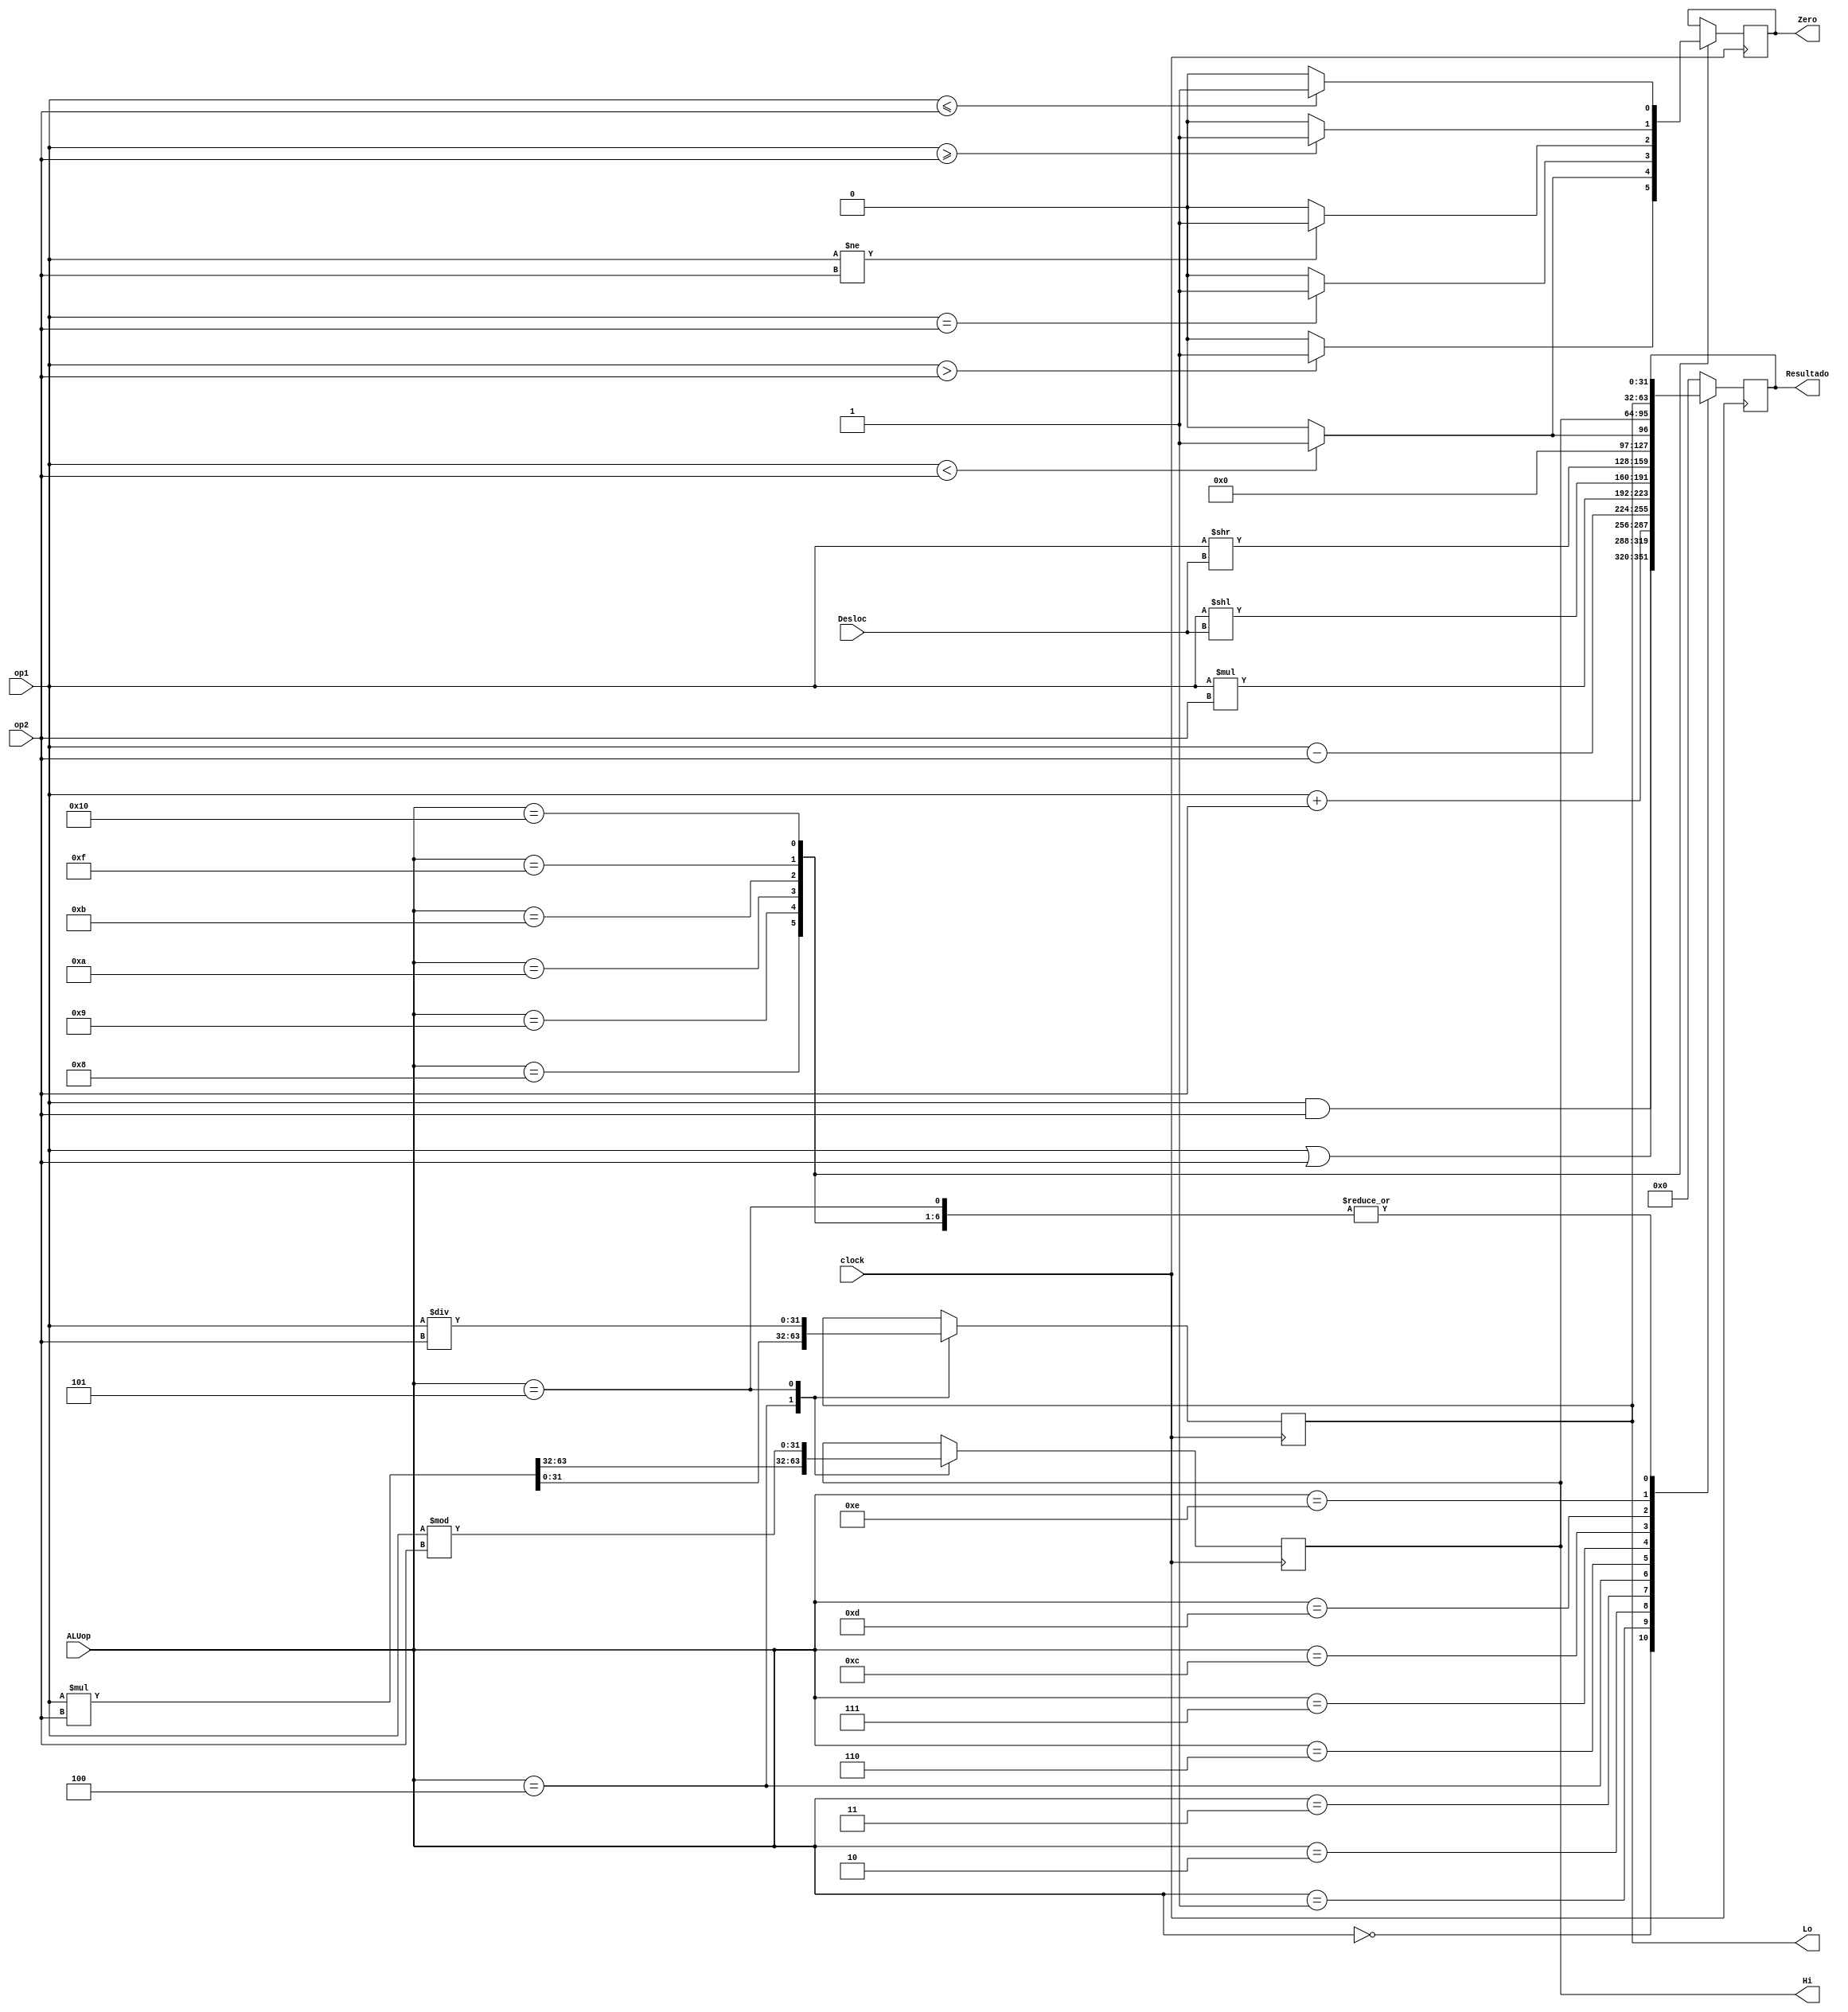
module ULA(ALUop, clock, op1, op2, Resultado, Zero, Hi, Lo, Desloc);
input [4:0] ALUop;
input clock;
input [31:0] op1, op2;
input [4:0] Desloc;
output reg [31:0] Resultado, Hi, Lo;
output reg Zero;

always @ (posedge clock) 
	begin 
		case (ALUop)
			5'b00000: Resultado = op1 & op2; //and
			5'b00001: Resultado = op1 | op2; //or
			5'b00010: Resultado = op1 + op2; //add
			5'b00011: Resultado = op1 - op2; //sub
			5'b00100: //mult
				begin
					{Hi, Lo} = op1 * op2; 
					Resultado = op1 * op2;
				end
			5'b00101:  //div
				begin
					Hi = op1 % op2;
					Lo = op1 / op2;
				end
			5'b00110: Resultado = op1 << Desloc; //sll
			5'b00111: Resultado = op1 >> Desloc; //srl
			5'b01000: //bgt
				begin
					if (op1 > op2)
						begin
							Zero = 1'b1;
						end
					else
						begin
							Zero = 1'b0;
						end	
				end
			5'b01001: //blt
				begin
					if (op1 < op2)
						begin
							Zero = 1'b1;
						end
					else
						begin
							Zero = 1'b0;
						end	
				end
			5'b01010: //beq
				begin
					if (op1 == op2)
						begin
							Zero = 1'b1;
						end
					else
						begin
							Zero = 1'b0;
						end	
				end
			5'b01011: //bne
				begin
					if (op1 != op2)
						begin
							Zero = 1'b1;
						end
					else
						begin
							Zero = 1'b0;
						end	
				end	
			5'b01100: //slt
				begin
					if (op1 < op2)
						begin
							Resultado = 32'b00000000000000000000000000000001;
						end
					else
						begin
							Resultado = 32'b00000000000000000000000000000000;
						end
				end
			5'b01101: Resultado = Hi; //mfhi
			
			5'b01110: Resultado = Lo; //mflo
			
			5'b01111: //bge
				begin
					if (op1 >= op2)
						begin
							Zero = 1'b1;
						end
					else
						begin
							Zero = 1'b0;
						end	
				end
			
			5'b10000: //ble
				begin
					if (op1 <= op2)
						begin
							Zero = 1'b1;
						end
					else
						begin
							Zero = 1'b0;
						end	
				end
				
			default: Resultado = 32'b0;
			
		endcase
	end

endmodule